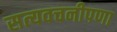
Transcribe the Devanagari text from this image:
सत्यवचनीपणा